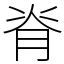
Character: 脊